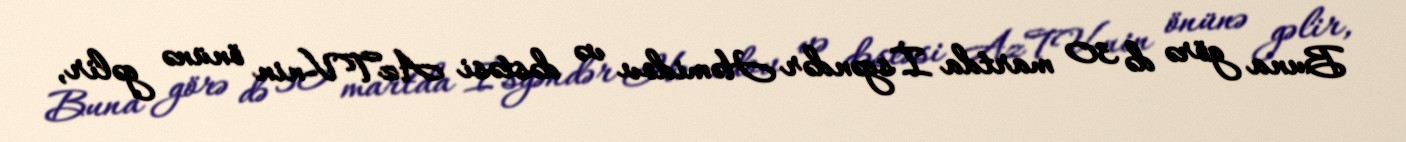
Buna görə də 30 martda İsgəndər Həmidov və dəstəsi AzTV-nin önünə gəlir,